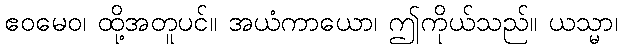
ဧဝမေဝ၊ ထို့အတူပင်။ အယံကာယော၊ ဤကိုယ်သည်။ ယသ္မာ၊